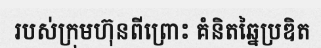
របស់ក្រុមហ៊ុនពីព្រោះ គំនិតឆ្នៃប្រឌិត